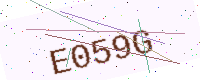
Text: E059G